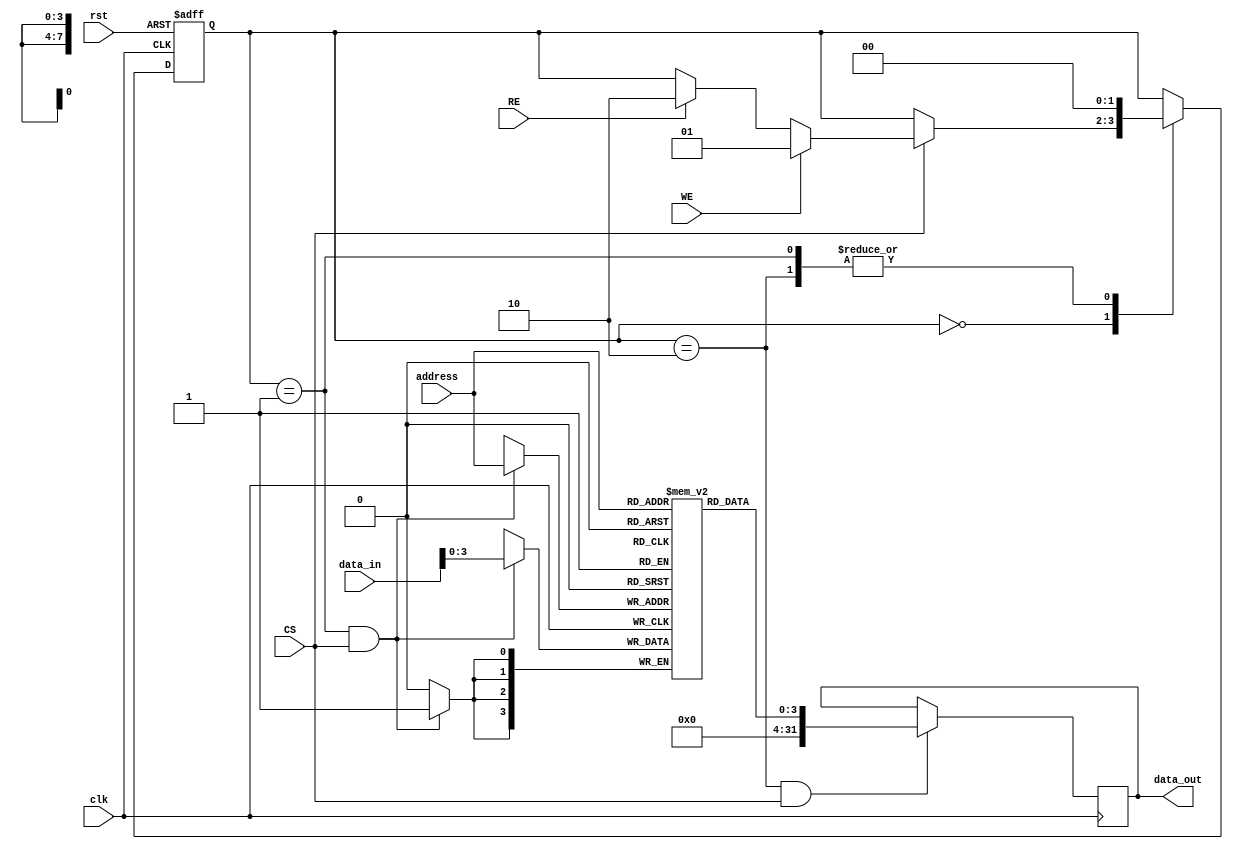
module MLC_EEPROM (
    input wire [31:0] data_in,     // Data input lines (32-bit)
    output reg [31:0] data_out,    // Data output lines (32-bit)
    input wire WE,                  // Write Enable
    input wire RE,                  // Read Enable
    input wire CS,                  // Chip Select
    input wire [7:0] address,       // Address lines (8-bit)
    input wire clk,                 // Clock input
    input wire rst                  // Reset signal
);

// Memory Array (2D array, for simplicity, assume 256 x 32 bits)
reg [3:0] memory_array [255:0]; // 256 locations, 4 bits per cell (example for MLC)

// Internal States
localparam IDLE = 2'b00;
localparam WRITE = 2'b01;
localparam READ = 2'b10;
reg [1:0] state, next_state;

// Error Correction Code (ECC) mechanism (simple parity for illustration)
reg parity_bit;

// State Machine for Read/Write
always @(posedge clk or posedge rst) begin
    if (rst) begin
        state <= IDLE;
    end else begin
        state <= next_state;
    end
end

always @(*) begin
    next_state = state;
    case (state)
        IDLE: begin
            if (CS) begin
                if (WE) begin
                    next_state = WRITE;
                end else if (RE) begin
                    next_state = READ;
                end
            end
        end
        WRITE: begin
            next_state = IDLE; // Go back to idle after write
        end
        READ: begin
            next_state = IDLE; // Go back to idle after read
        end
    endcase
end

// Write Logic
always @(posedge clk) begin
    if (state == WRITE && CS) begin
        // Assume write data in levels (here just writing the data directly for simplicity)
        memory_array[address] <= data_in[3:0]; // Example: writing 4 bits
        parity_bit <= ^data_in; // Simple parity for ECC
    end
end

// Read Logic
always @(posedge clk) begin
    if (state == READ && CS) begin
        data_out <= {28'b0, memory_array[address]}; // Example: reading 4 bits and zero fill
        // Here, additional processing needed to determine actual levels for MLC
    end
end

endmodule